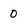
Character: 0